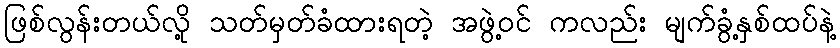
ဖြစ်လွန်းတယ်လို့ သတ်မှတ်ခံထားရတဲ့ အဖွဲ့ဝင် ကလည်း မျက်ခွံ့နှစ်ထပ်နဲ့